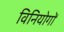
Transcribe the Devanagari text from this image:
विनियोगों